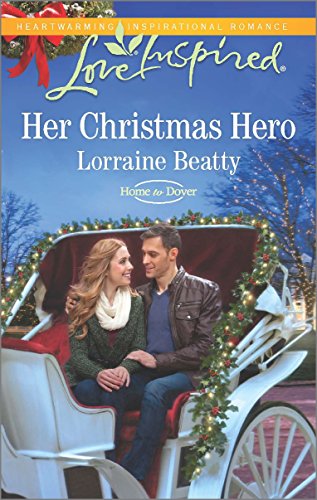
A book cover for Her Christmas Hero (Home to Dover); Lorraine Beatty; Romance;